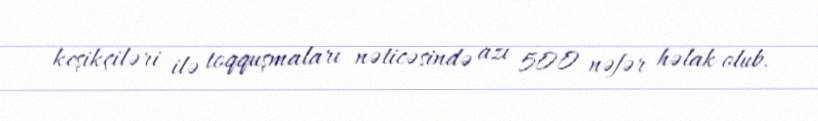
keşikçiləri ilə toqquşmaları nəticəsində azı 500 nəfər həlak olub.